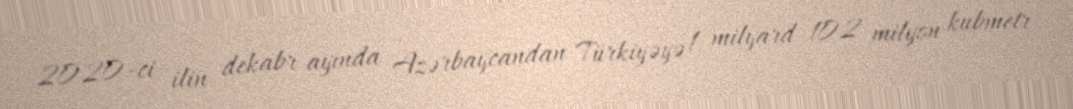
2020-ci ilin dekabr ayında Azərbaycandan Türkiyəyə 1 milyard 102 milyon kubmetr